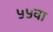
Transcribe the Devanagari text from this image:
५५वा